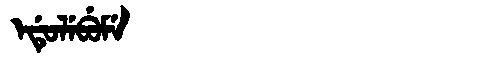
Manchu: ᡝᡩᡠᠯᡝᠪᡠᠮᡝ
Romanization: EDULEBUME